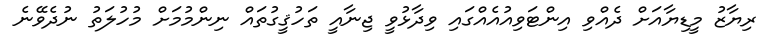
ރިޔާޒު މީޑިޔާއަށް ދެއްވި އިންޓަވިއުއެއްގައި ވިދާޅުވީ ޖިނާއީ ތަހުޤީގުތައް ނިންމުމަށް މުހުލަތު ނުދެވޭނެ